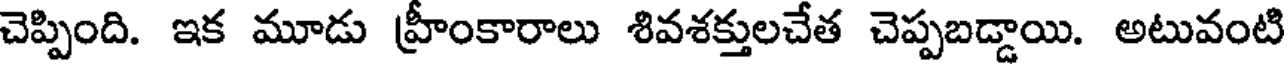
చెప్పింది. ఇక మూడు హ్రీంకారాలు శివశక్తులచేత చెప్పబడ్డాయి. అటువంటి